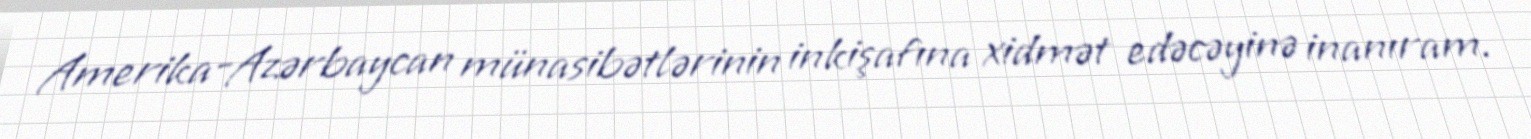
Amerika-Azərbaycan münasibətlərinin inkişafına xidmət edəcəyinə inanıram.